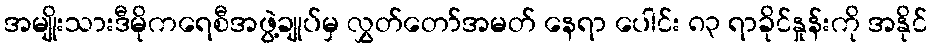
အမျိုးသားဒီမိုကရေစီအဖွဲ့ချုပ်မှ လွှတ်တော်အမတ် နေရာ ပေါင်း ၈၃ ရာခိုင်နှုန်းကို အနိုင်